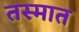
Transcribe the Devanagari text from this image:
तस्मात